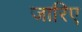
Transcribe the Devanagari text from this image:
जारिए